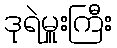
ဒုရဲမှူးကြီး